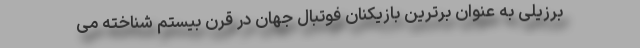
برزیلی به عنوان برترین بازیکنان فوتبال جهان در قرن بیستم شناخته می